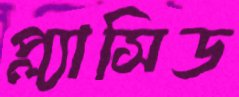
প্ল্যাসিড